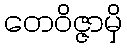
တေဝိဇ္ဇာမှိ